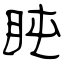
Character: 盹